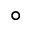
\circ